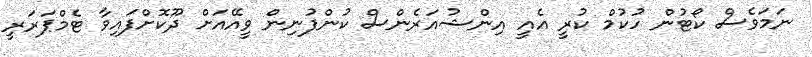
ނަމަވެސް ކޯޓުން ހުކުމް ކުރީ އެއީ އިންޝުއަރެންސް ކުންފުނިން ވީއޭއަށް ދޫކޮށްފައިވާ ޓެމްޕަރަރީ